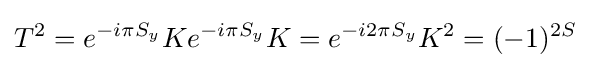
T^{2}=e^{-i\pi S_{y}}Ke^{-i\pi S_{y}}K=e^{-i2\pi S_{y}}K^{2}=(-1)^{2S}